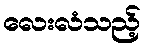
လေးလံသည့်